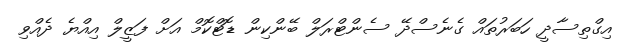
އިގްތިސާދީ ހަބަރުތައް ގެނެސްދޭ ސެންޓްރަލް ބޭންކިން ޑޮޓްކޮމް އަށް ފަޒީލް އިއްޔެ ދެއްވި